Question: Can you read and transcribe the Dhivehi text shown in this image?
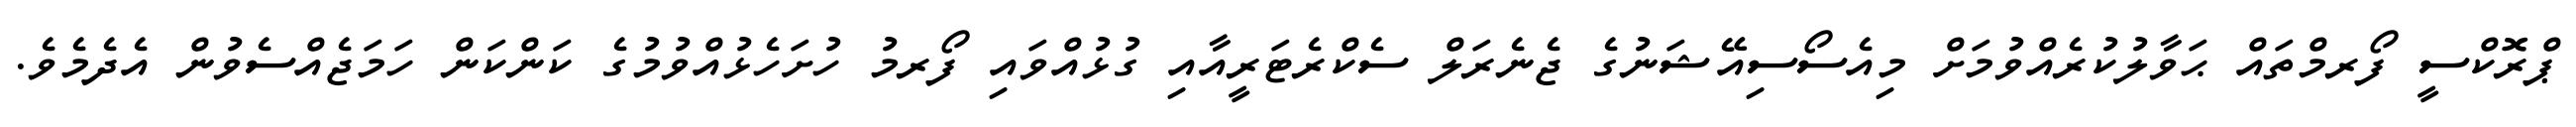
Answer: ޕްރޮކްސީ ފޯރމްތައް ޙަވާލުކުރެއްވުމަށް މިއެސޯސިއޭޝަނުގެ ޖެނެރަލް ސެކްރެޓަރީއާއި ގުޅުއްވައި ފޯރމު ހުށަހެޅުއްވުމުގެ ކަންކަން ހަމަޖެއްސެވުން އެދެމެވެ.